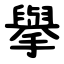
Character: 擧